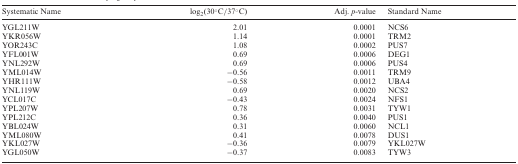
| Systematic Name | log2(30°C/37°C) | Adj. p-value | Standard Name |
 | --- | --- | --- | --- |
 | YGL211W | 2.01 | 0.0001 | NCS6 |
 | YKR056W | 1.14 | 0.0001 | TRM2 |
 | YOR243C | 1.08 | 0.0002 | PUS7 |
 | YFL001W | 0.69 | 0.0006 | DEG1 |
 | YNL292W | 0.69 | 0.0006 | PUS4 |
 | YML014W | −0.56 | 0.0011 | TRM9 |
 | YHR111W | −0.58 | 0.0012 | UBA4 |
 | YNL119W | 0.69 | 0.0020 | NCS2 |
 | YCL017C | −0.43 | 0.0024 | NFS1 |
 | YPL207W | 0.78 | 0.0031 | TYW1 |
 | YPL212C | 0.36 | 0.0040 | PUS1 |
 | YBL024W | 0.31 | 0.0060 | NCL1 |
 | YML080W | 0.41 | 0.0078 | DUS1 |
 | YKL027W | −0.36 | 0.0079 | YKL027W |
 | YGL050W | −0.37 | 0.0083 | TYW3 |